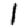
Digit: 1